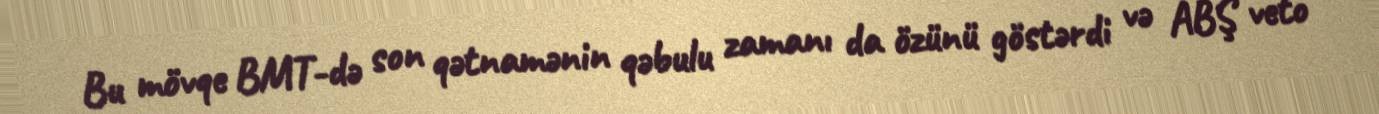
Bu mövqe BMT-də son qətnamənin qəbulu zamanı da özünü göstərdi və ABŞ veto